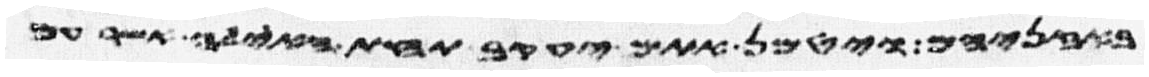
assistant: באזניהם ויטמן אתם יעקב תחת האילה אשר עם